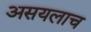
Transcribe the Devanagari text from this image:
असयलाच